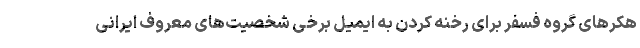
هکرهای گروه فسفر برای رخنه کردن به ایمیل برخی شخصیت‌های معروف ایرانی